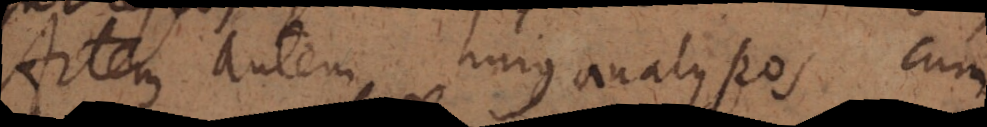
Artem autem hujus analyseos cum